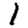
Digit: 1